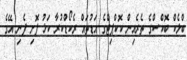
ބްލެކް ބޮކްސްގެ ތެރެއިން ކޮކްޕިޓްގެ އަޑުތައް ރެކޯޑްކުރާ ކަޅު ފޮށި ފެނި އޭގެ